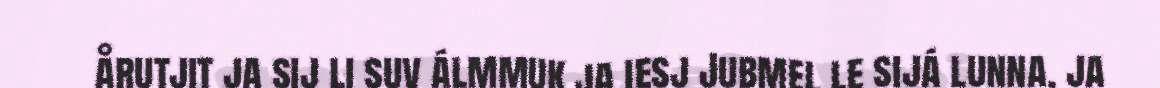
årutjit ja sij li suv álmmuk ja iesj Jubmel le sijá lunna, ja